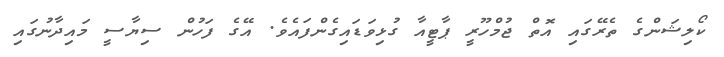
ކޯލިޝަންގެ ތެރޭގައި އޮތް ޖުމްހޫރީ ޕާޓީއާ ގުޅިވަޑައިގެންފައެވެ. އޭގެ ފަހުން ސިޔާސީ މައިދާނުގައި